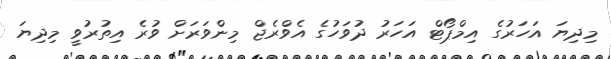
މިދިޔަ އަހަރުގެ އިމްޕޯޓް އަހަރު ދުވަހުގެ އެވްރެޖް މިންވަރަށް ވުރެ އިތުރުވީ މިދިޔަ